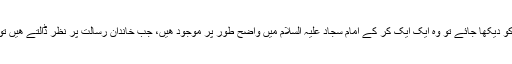
زھد وتقویٰ اور عبادت سمیت انسان کی تمام خوبیوں اور اعلیٰ صفات و کمالات کو دیکھا جائے تو وہ ایک ایک کر کے امام سجاد علیہ السلام میں واضح طور پر موجود ھیں، جب خاندان رسالت پر نظر ڈالتے ھیں تو امام سجاد علیہ السلام چودھویں کے چاند کی مانند دمکتے ھوئے نظر آتے ھیں۔